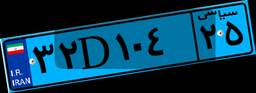
۳۲D۱۰۴۲۵